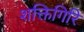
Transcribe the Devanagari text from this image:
शक्तिगिरि